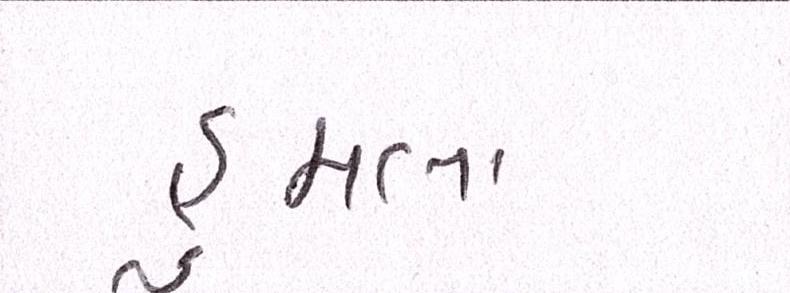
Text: હુમલા